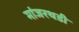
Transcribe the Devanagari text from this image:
मांजरथडी